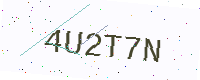
Text: 4U2T7N